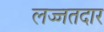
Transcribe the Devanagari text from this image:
लज्जतदार